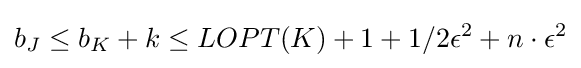
b_{J}\leq b_{K}+k\leq LOPT(K)+1+1/2\epsilon ^{2}+n\cdot \epsilon ^{2}